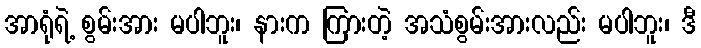
အာရုံရဲ့ စွမ်းအား မပါဘူး၊ နားက ကြားတဲ့ အသံစွမ်းအားလည်း မပါဘူး၊ ဒီ